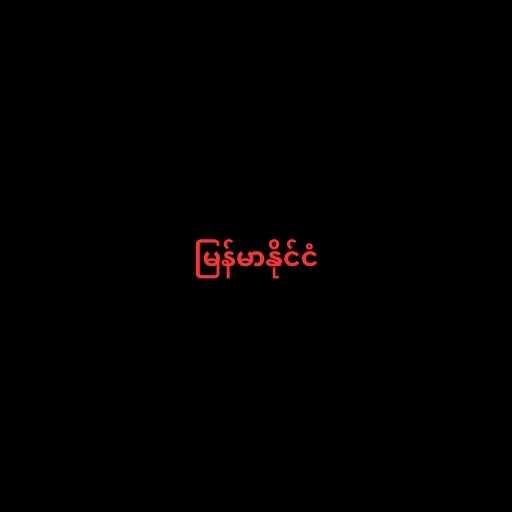
မြန်မာနိုင်ငံ